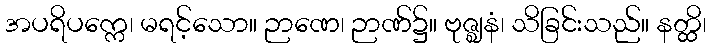
အပရိပက္ကေ၊ မရင့်သော။ ဉာဏေ၊ ဉာဏ်၌။ ဗုဇ္ဈနံ၊ သိခြင်းသည်။ နတ္ထိ၊